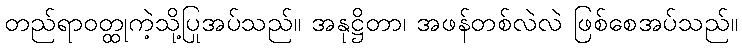
တည်ရာဝတ္ထုကဲ့သို့ပြုအပ်သည်။ အနုဋ္ဌိတာ၊ အဖန်တစ်လဲလဲ ဖြစ်စေအပ်သည်။